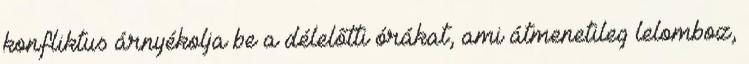
konfliktus árnyékolja be a délelőtti órákat, ami átmenetileg lelomboz,